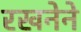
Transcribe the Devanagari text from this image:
रखनेने